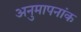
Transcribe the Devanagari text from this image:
अनुमापनांक